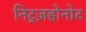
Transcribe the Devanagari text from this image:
निट्ज़होनोट